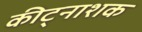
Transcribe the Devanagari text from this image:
कीट्नाशक